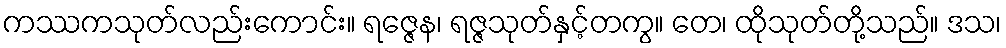
ကဿကသုတ်လည်းကောင်း။ ရဇ္ဇေန၊ ရဇ္ဇသုတ်နှင့်တကွ။ တေ၊ ထိုသုတ်တို့သည်။ ဒသ၊